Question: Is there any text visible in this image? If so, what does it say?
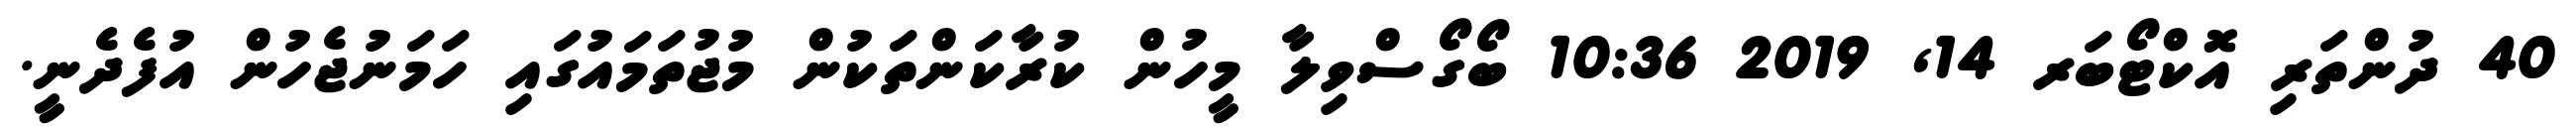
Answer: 40 ދުންތަރި އޮކްޓޯބަރ 14, 2019 10:36 ބޯގޯސްވިލާ މީހުން ކުރާކަންތަކުން މުޖުތަމައުގައި ހަމަނުޖެހުން އުފެދެނީ.